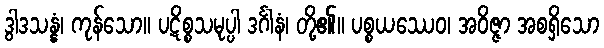
ဒွါဒသန္နံ၊ ကုန်သော။ ပဋိစ္စသမုပ္ပါ ဒင်္ဂါနံ၊ တို့၏။ ပစ္စယဿေဝ၊ အဝိဇ္ဇာ အစရှိသော